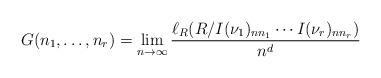
LaTeX: \begin{align*}G(n_1,\ldots,n_r)=\lim_{n\rightarrow\infty}\frac{\ell_R(R/I(\nu_1)_{nn_1}\cdots I(\nu_r)_{n n_r})}{n^d}\end{align*}